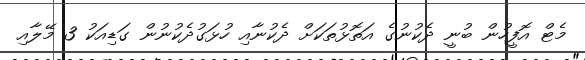
މެޓް އޮފީހުން ބުނީ ދެކުނުގެ އަތޮޅުތަކަށް ދެކުނާއި ހުޅަގުދެކުނުން ގަޑިއަކު 3 މޭލާއި